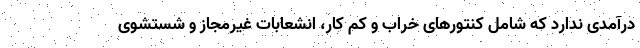
درآمدی ندارد که شامل کنتورهای خراب و کم کار، انشعابات غیرمجاز و شستشوی